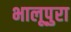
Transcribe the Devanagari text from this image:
भालूपुरा